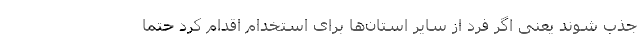
جذب شوند یعنی اگر فرد از سایر استان‌ها برای استخدام اقدام کرد حتما